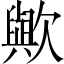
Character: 歟